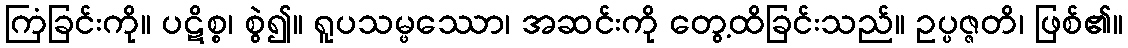
ကြံခြင်းကို။ ပဋိစ္စ၊ စွဲ၍။ ရူပသမ္ဖဿော၊ အဆင်းကို တွေ့ထိခြင်းသည်။ ဥပ္ပဇ္ဇတိ၊ ဖြစ်၏။